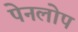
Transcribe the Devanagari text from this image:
पेनलोप